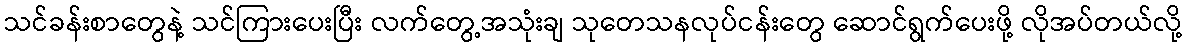
သင်ခန်းစာတွေနဲ့ သင်ကြားပေးပြီး လက်တွေ့အသုံးချ သုတေသနလုပ်ငန်းတွေ ဆောင်ရွက်ပေးဖို့ လိုအပ်တယ်လို့